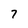
Character: 7